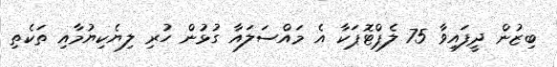
ބިޒުން ދީފައިވާ 75 ލެޕްޓޮޕަކާ އެ މައްސަލައާ ގުޅުން ހުރި ލިޔެކިޔުމާއި ތަކެތި